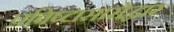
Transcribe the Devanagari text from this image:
प्रविष्टासारोद्धार